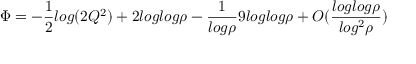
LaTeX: \Phi = - \frac { 1 } { 2 } l o g ( 2 Q ^ { 2 } ) + 2 l o g l o g \rho - \frac { 1 } { l o g \rho } 9 l o g l o g \rho + O ( \frac { l o g l o g \rho } { l o g ^ { 2 } \rho } )